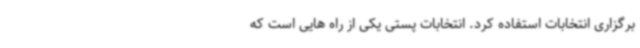
برگزاری انتخابات استفاده کرد. انتخابات پستی یکی از راه هایی است که